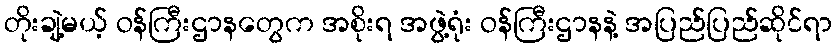
တိုးချဲ့မယ့် ဝန်ကြီးဌာနတွေက အစိုးရ အဖွဲ့ရုံး ဝန်ကြီးဌာနနဲ့ အပြည်ပြည်ဆိုင်ရာ